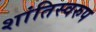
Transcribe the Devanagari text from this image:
शांतिस्वरुप